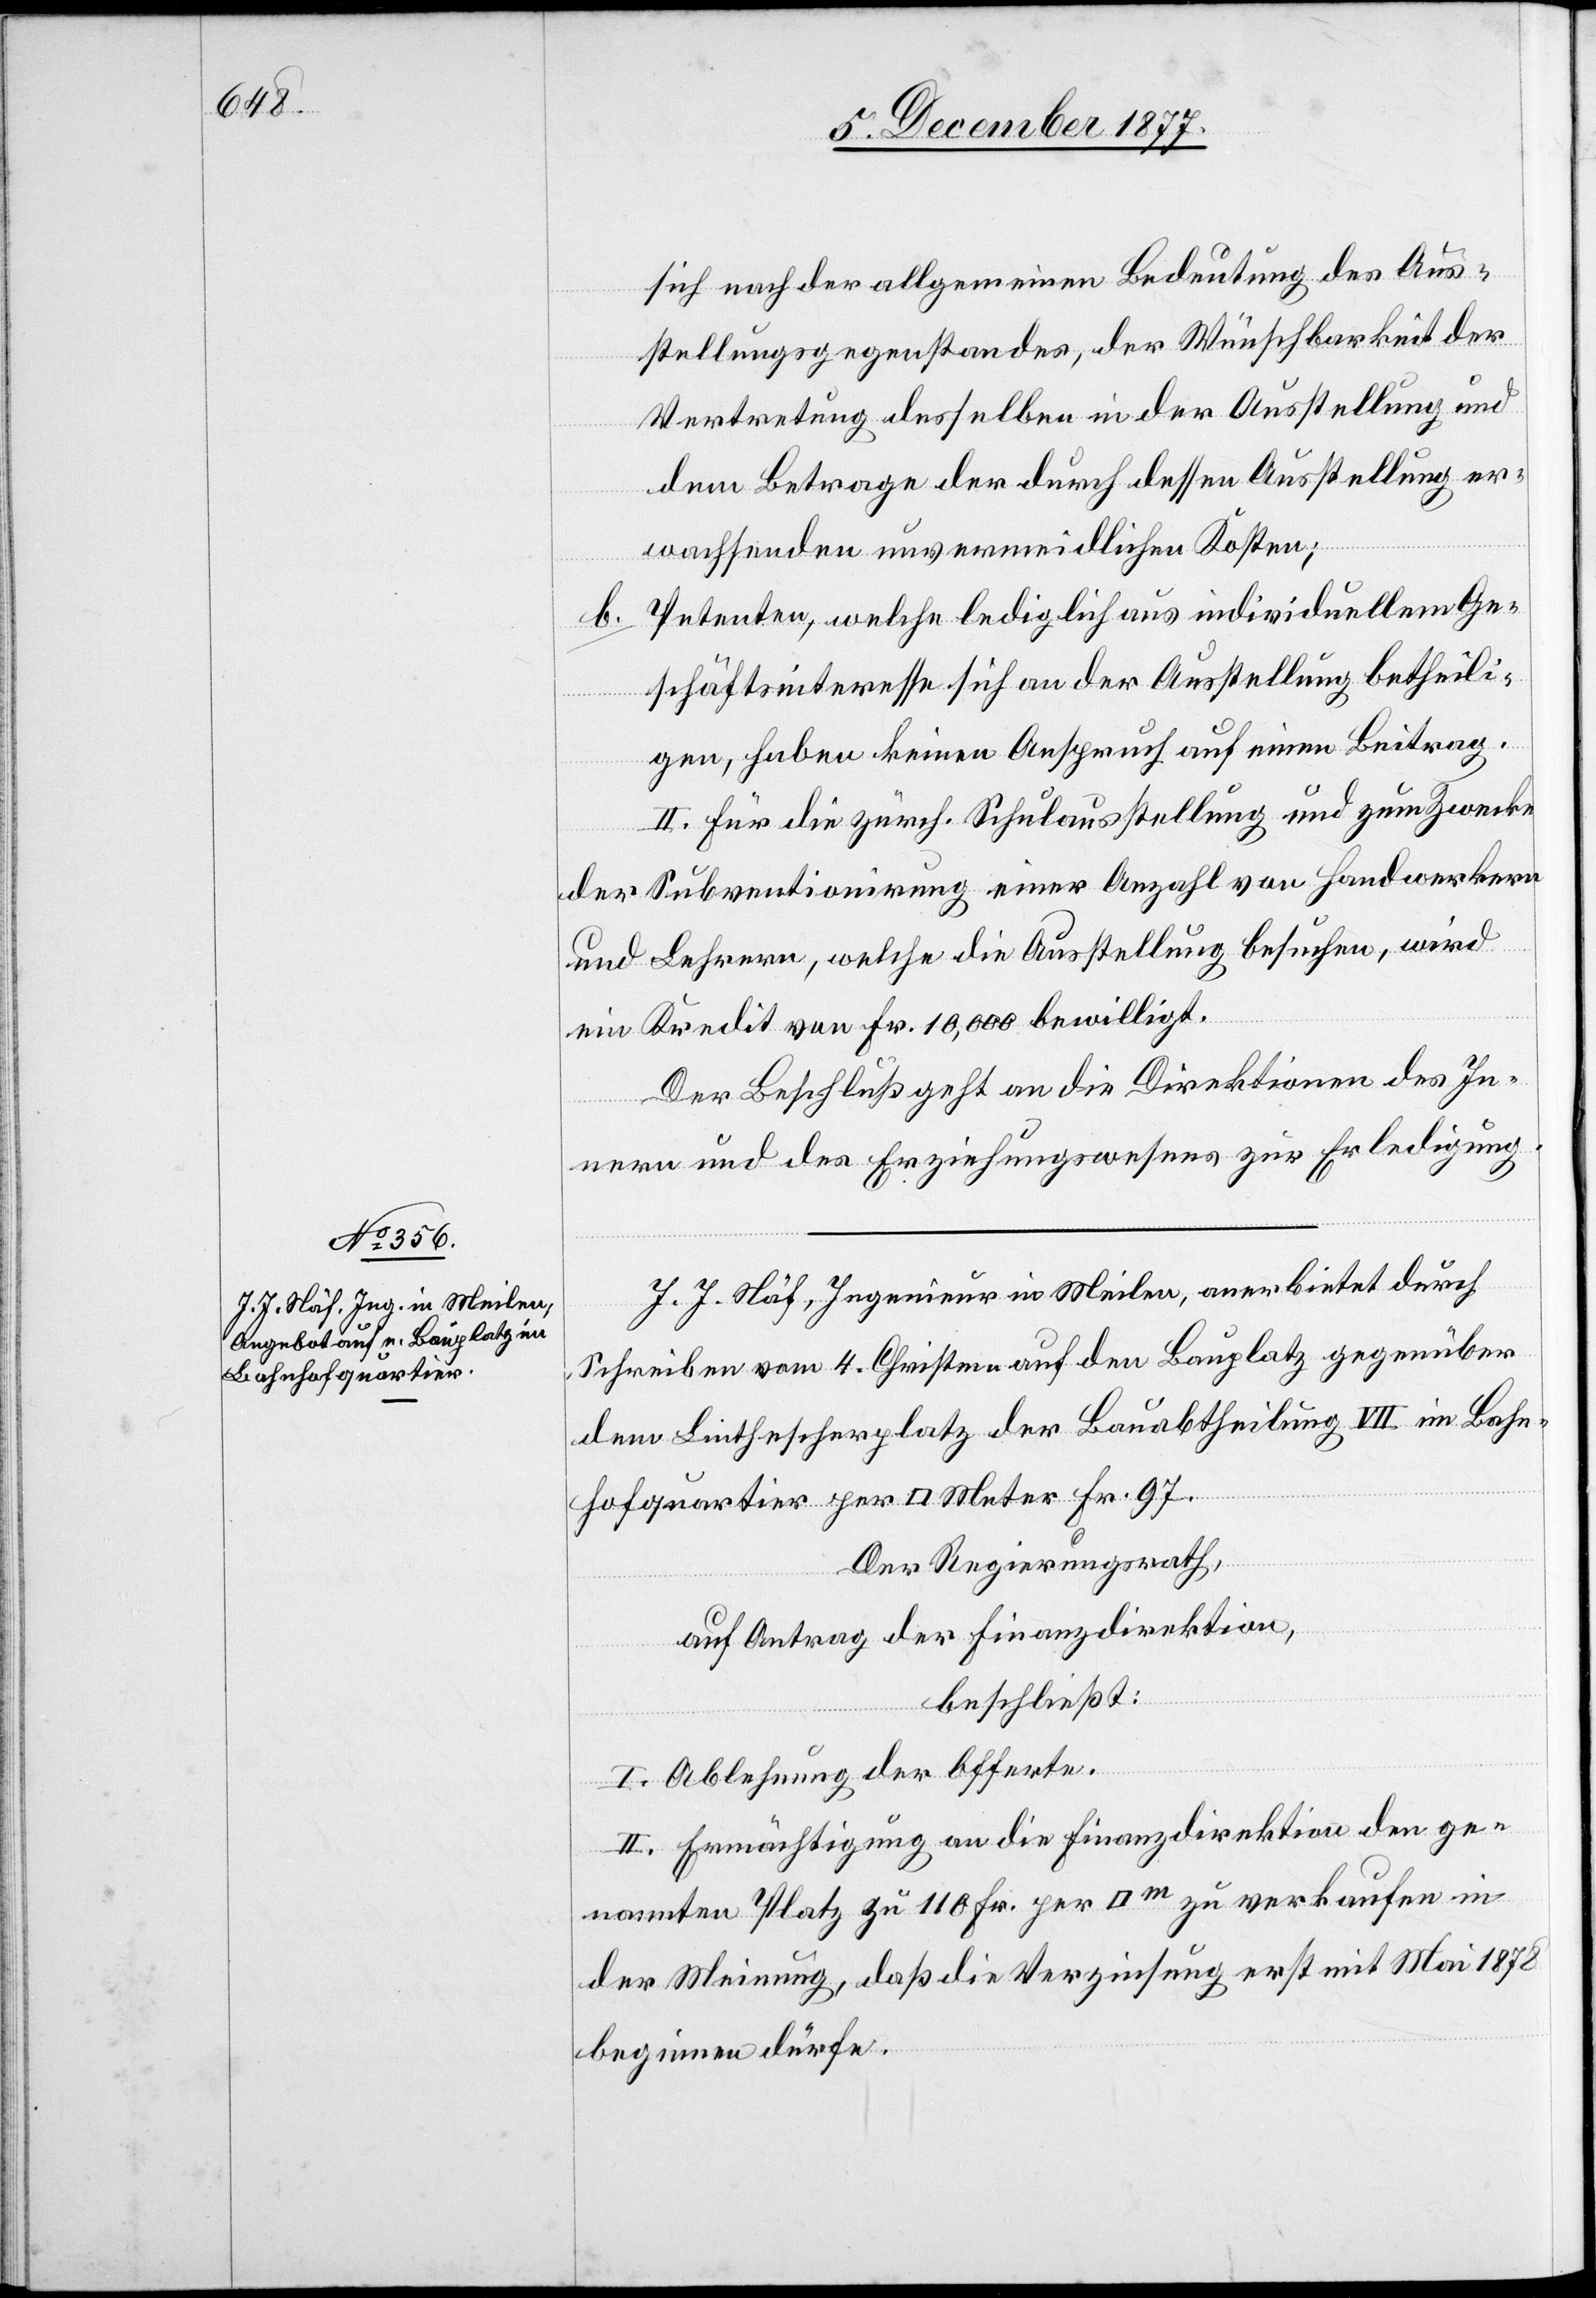
sich nach der allgemeinen Bedeutung des Aus¬
stellungsgegenstandes, der Wünschbarkeit der
Vertretung desselben in der Ausstellung und
dem Betrage der durch dessen Ausstellung er¬
wachsenden unvermeidlichen Kosten;
Petenten, welche lediglich aus individuellem Ge¬
b.
schäftsinteresse sich an der Ausstellung betheili¬
gen, haben keinen Anspruch auf einen Beitrag.
II. Für die zürch. Schulausstellung und zum Zwecke
der Subventionirung einer Anzahl von Handwerkern
und Lehrern, welche die Ausstellung besuchen, wird
ein Kredit von Fr. 10,000 bewilligt.
Der Beschluß geht an die Direktionen des In¬
nern und des Erziehungswesens zur Erledigung.
J. J. Näf, Ingenieur in Meilen, anerbietet durch
Schreiben vom 4. Christm. auf den Bauplatz gegenüber
dem Linthescherplatz der Bauabtheilung VII. im Bahn¬
hofquartier per [Quadrat] Meter Fr. 97.
Der Regierungsrath,
auf Antrag der Finanzdirektion,
beschließt:
I. Ablehnung der Offerte.
II. Ermächtigung an die Finanzdirektion den ge¬
nannten Platz zu 110 Fr. per [Quadratmeter] zu verkaufen in
der Meinung, daß die Verzinsung erst mit Mai 1878
beginnen dürfe.